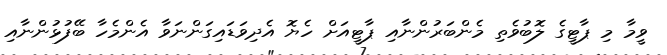
ވީމާ މި ޕާޓީގެ ލޮބުވެތި މެންބަރުންނާއި ޕާޓީއަށް ހެޔޮ އެދިވަޑައިގަންނަވާ އެންމެހާ ބޭފުޅުންނާއި